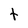
Character: t